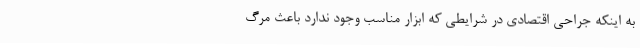
به اینکه جراحی اقتصادی در شرایطی که ابزار مناسب وجود ندارد باعث مرگ